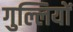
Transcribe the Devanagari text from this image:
गुल्लियों